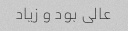
عالی بود و زیاد